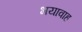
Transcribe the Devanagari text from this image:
भयावाह